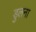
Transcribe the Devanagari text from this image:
डुलना